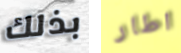
بذلك اطار